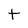
Character: t